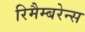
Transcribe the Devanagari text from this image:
रिमैम्बरेन्स